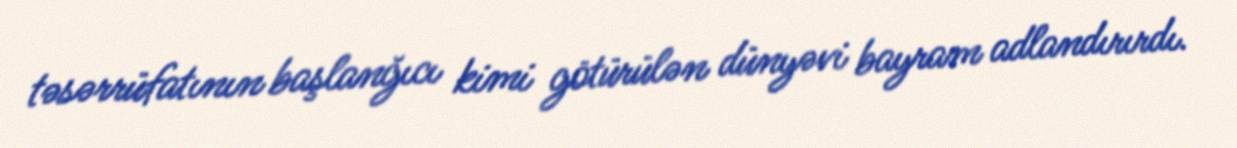
təsərrüfatının başlanğıcı kimi götürülən dünyəvi bayram adlandırırdı.